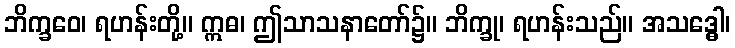
ဘိက္ခဝေ၊ ရဟန်းတို့။ ဣဓ၊ ဤသာသနာတော်၌။ ဘိက္ခု၊ ရဟန်းသည်။ အသဒ္ဓေါ၊